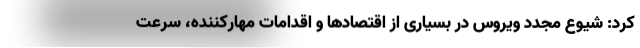
کرد: شیوع مجدد ویروس در بسیاری از اقتصادها و اقدامات مهارکننده، سرعت